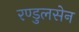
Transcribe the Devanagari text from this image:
रण्डुलसेन